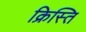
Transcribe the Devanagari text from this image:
क्रिस्ति